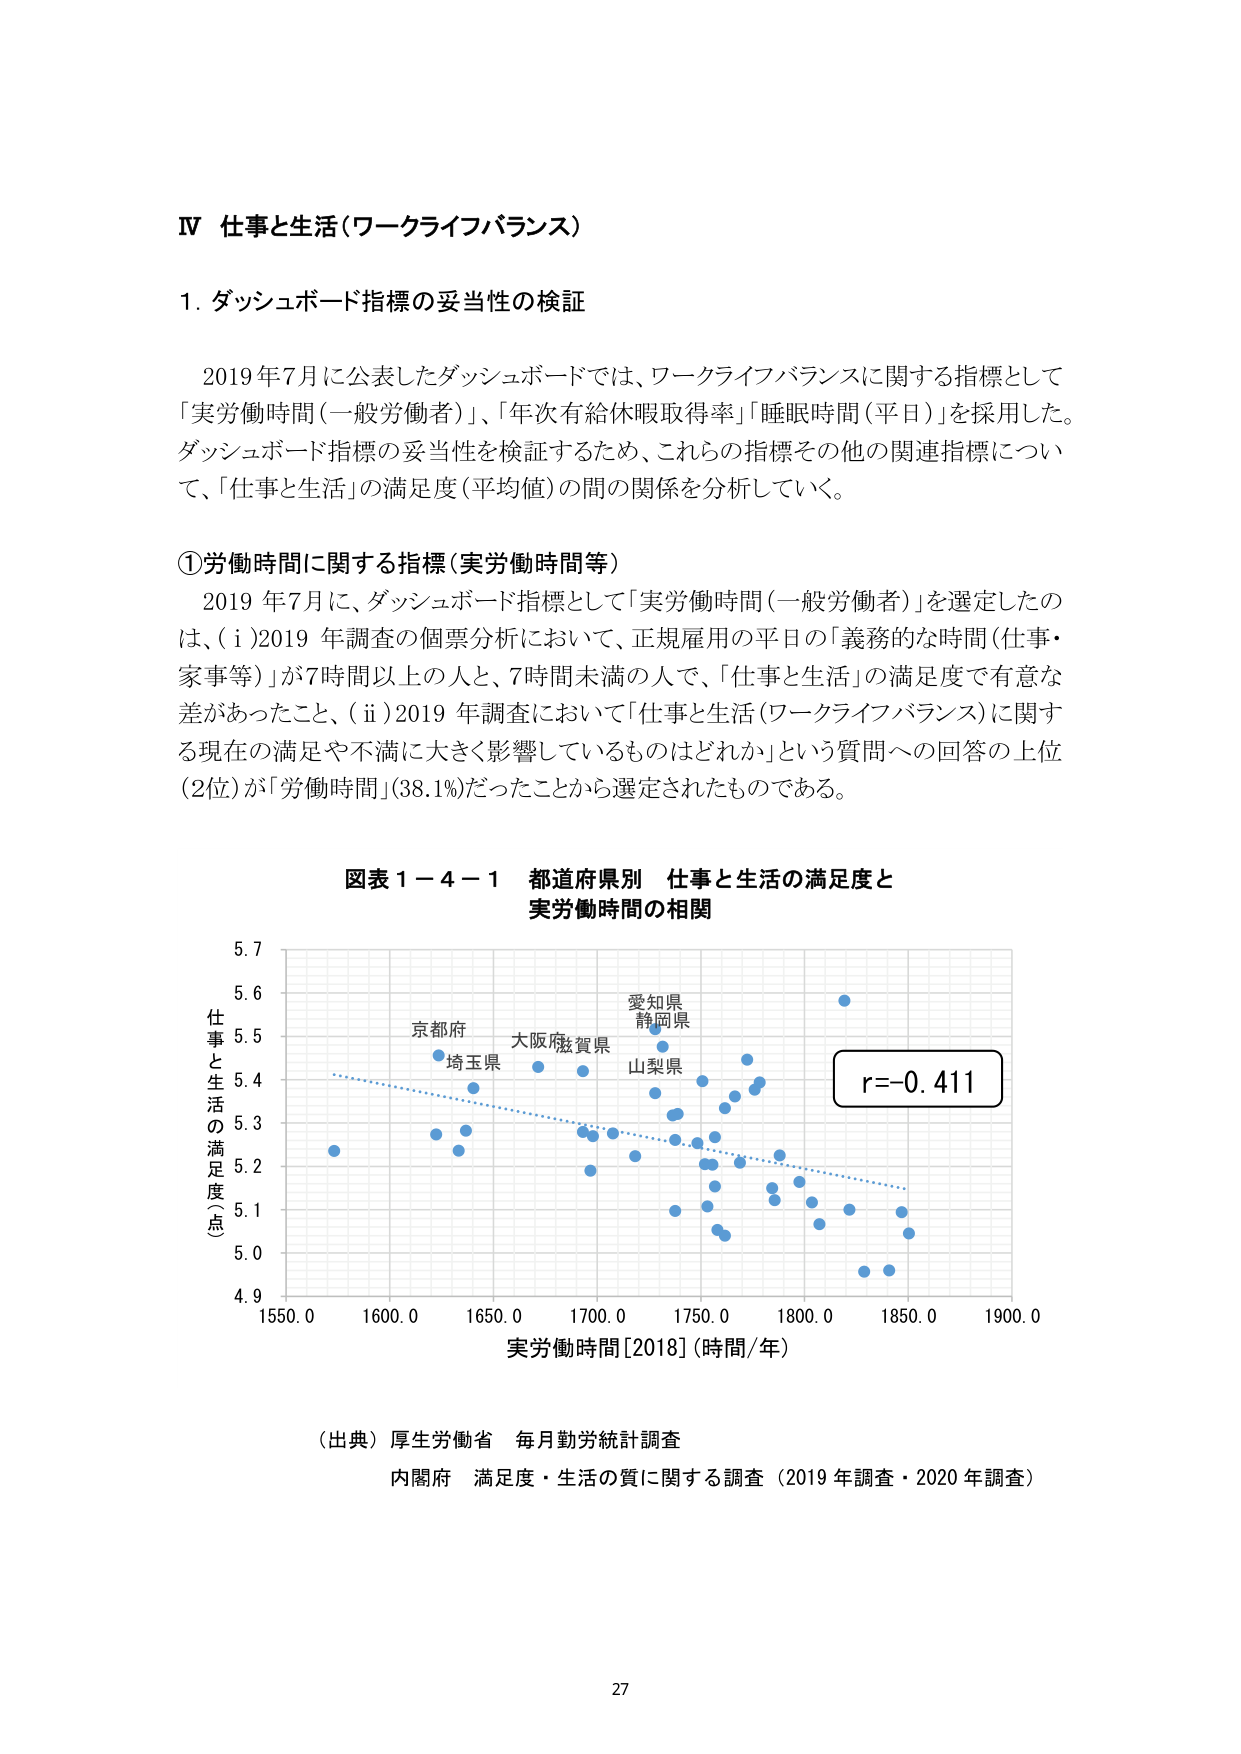
Ⅳ 仕事と生活（ワークライフバランス）

1. ダッシュボード指標の妥当性の検証

2019年7月に公表したダッシュボードでは、ワークライフバランスに関する指標として「実労働時間（一般労働者）」、「年次有給休暇取得率」「睡眠時間（平日）」を採用した。ダッシュボード指標の妥当性を検証するため、これらの指標その他の関連指標について、「仕事と生活」の満足度（平均値）の間の関係を分析していく。

①労働時間に関する指標（実労働時間等）

2019年7月に、ダッシュボード指標として「実労働時間（一般労働者）」を選定したのは、（i）2019年調査の個票分析において、正規雇用の平日の「義務的な時間（仕事・家事等）」が7時間以上の人と、7時間未満の人で、「仕事と生活」の満足度で有意な差があったこと、（ii）2019年調査において「仕事と生活（ワークライフバランス）」に関する現在の満足や不満に大きく影響しているものはどれか」という質問への回答の上位（2位）が「労働時間」（38.1%）だったことから選定されたものである。

図表1－4－1 都道府県別 仕事と生活の満足度と
実労働時間の相関

仕事と生活の満足度（点）
5.7
5.6
5.5
5.4
5.3
5.2
5.1
5.0
4.9

実労働時間[2018]（時間/年）
1550.0 1600.0 1650.0 1700.0 1750.0 1800.0 1850.0 1900.0

r=-0.411

京都府
埼玉県
大阪府
滋賀県
愛知県
静岡県
山梨県

（出典）厚生労働省 毎月勤労統計調査
内閣府 満足度・生活の質に関する調査（2019年調査・2020年調査）

27